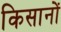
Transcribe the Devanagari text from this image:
किसानोें